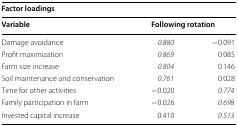
<table><thead><tr><td colspan="3"><b>Factor loadings</b></td></tr><tr><td><b>Variable</b></td><td colspan="2"><b>Following rotation</b></td></tr></thead><tbody><tr><td>Damage avoidance</td><td><i>0.880</i></td><td>−0.091</td></tr><tr><td>Profit maximization</td><td><i>0.869</i></td><td>0.085</td></tr><tr><td>Farm size increase</td><td><i>0.804</i></td><td>0.146</td></tr><tr><td>Soil maintenance and conservation</td><td><i>0.761</i></td><td>0.028</td></tr><tr><td>Time for other activities</td><td>−0.020</td><td><i>0.774</i></td></tr><tr><td>Family participation in farm</td><td>−0.026</td><td><i>0.698</i></td></tr><tr><td>Invested capital increase</td><td>0.410</td><td><i>0.513</i></td></tr></tbody></table>